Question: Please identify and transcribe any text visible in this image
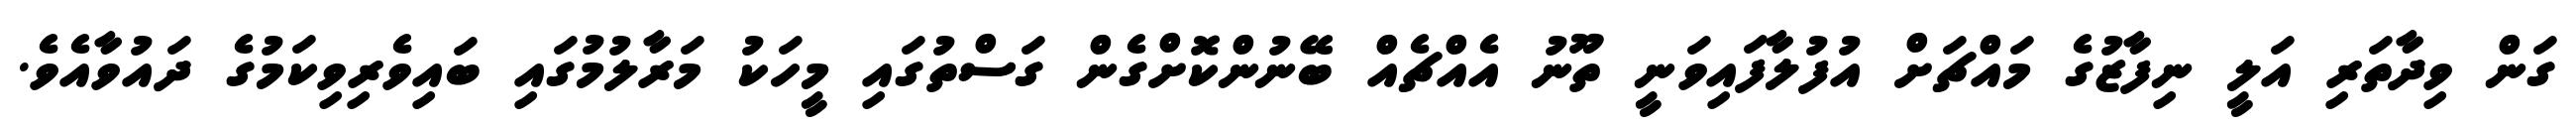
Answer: ގަން ވިދާތަރި އަލީ ނިފާޒުގެ މައްޗަށް އުފުލާފައިވަނީ ތޫނު އެއްޗެއް ބޭނުންކޮށްގެން ގަސްތުގައި މީހަކު މަރާލުމުގައި ބައިވެރިވިކަމުގެ ދައުވާއެވެ.